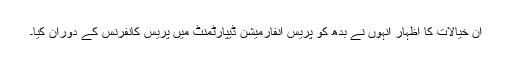
ان خیالات کا اظہار انہوں نے بدھ کو پریس انفارمیشن ڈیپارٹمنٹ میں پریس کانفرنس کے دوران کیا۔